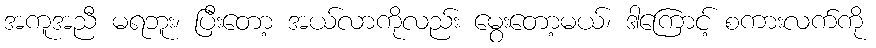
အကူအညီ မရဘူး၊ ပြီးတော့ အယ်လာကိုလည်း မွေးတော့မယ်၊ ဒါကြောင့် စကားလက်ကို